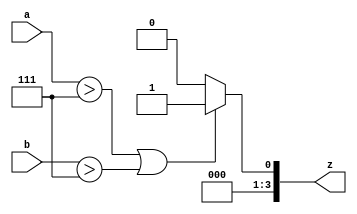
module comparator_7seg (a, b, z);
	input [3:0] a, b; 	
	output reg [3:0] z; 
	
	always @(a, b)
	begin
	  if ((a > 7) || (b > 7))
		z = 1'b1;
	  else
		z = 1'b0;
	end
endmodule